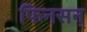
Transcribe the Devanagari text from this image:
फिनसन्‌